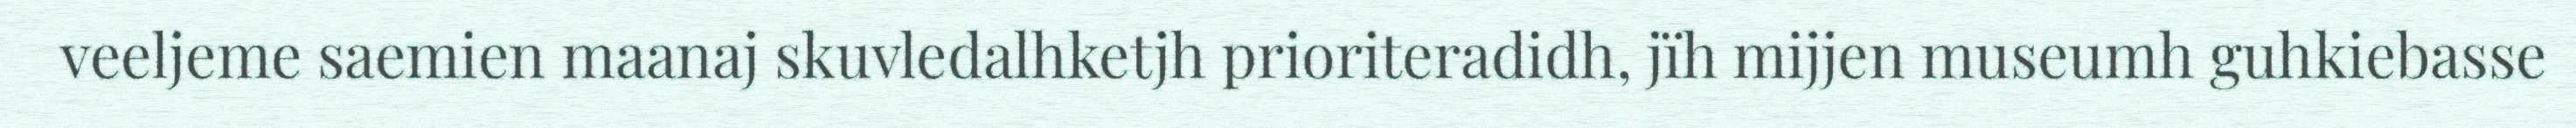
veeljeme saemien maanaj skuvledalhketjh prioriteradidh, jïh mijjen museumh guhkiebasse